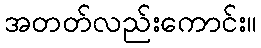
အတတ်လည်းကောင်း။